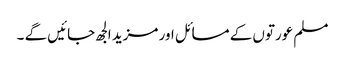
مسلم عورتوں کے مسائل اور مزید الجھ جائیں گے ۔